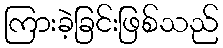
ကြားခဲ့ခြင်းဖြစ်သည်